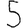
Digit: 5